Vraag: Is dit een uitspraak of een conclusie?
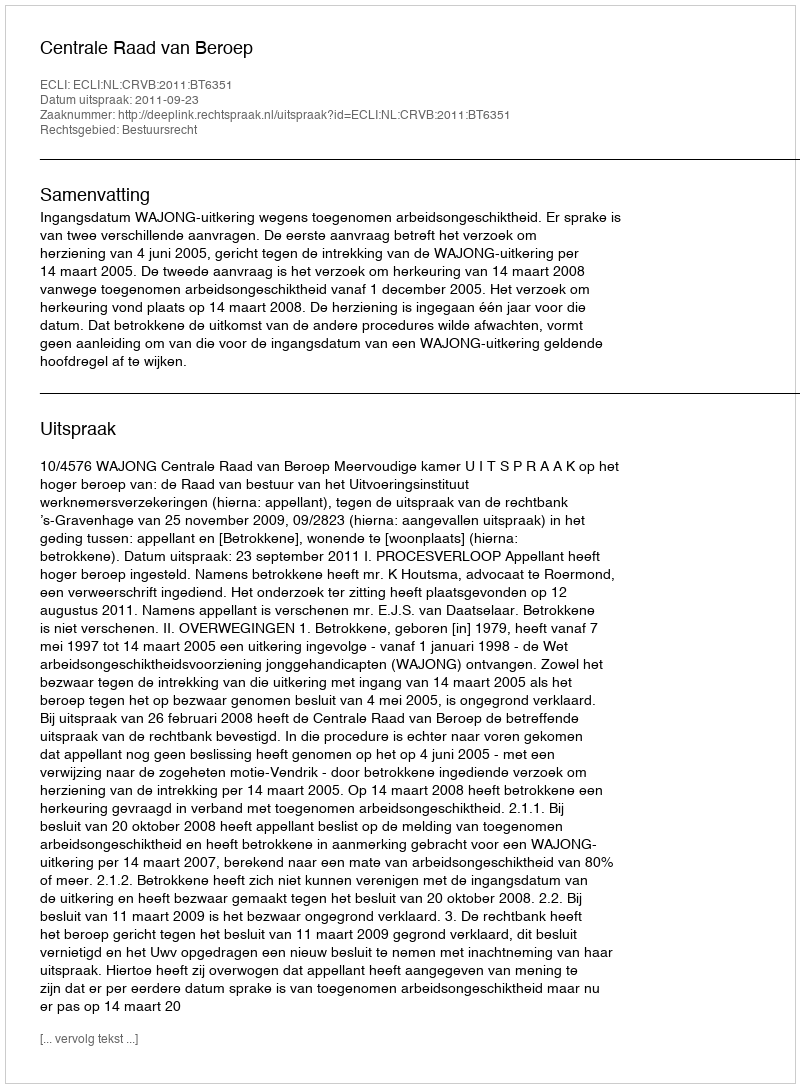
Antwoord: Uitspraak